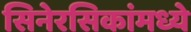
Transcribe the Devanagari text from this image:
सिनेरसिकांमध्ये